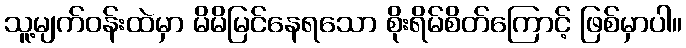
သူ့မျက်ဝန်းထဲမှာ မိမိမြင်နေရသော စိုးရိမ်စိတ်ကြောင့် ဖြစ်မှာပါ။